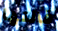
قالتها